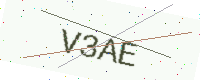
Text: V3AE